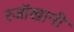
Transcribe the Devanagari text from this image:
रजॉखानी